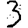
Digit: 3